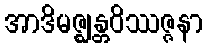
အာဒိမဇ္ဈန္တဝိဿဇ္ဇနာ